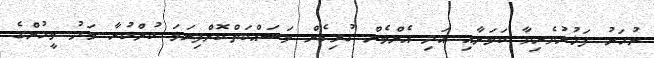
ނުހަނު ފަޚުރުވެރިވާ ކަމަށާއި އަދި އެންމެން ގުޅިގެން މަސައްކަތްކޮށްފިނަމަ ކުށްކުރާ މަދު މީހުންގެ